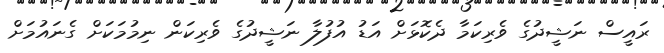
ރައީސް ނަޝީދުގެ ވެރިކަމާ ދެކޮޅަށް އަޑު އުފުލާ ނަޝީދުގެ ވެރިކަން ނިމުމަކަށް ގެނައުމަށް